Annual administration report of the Civil Veterinary Department of India - 1909-1910
Year: 1909
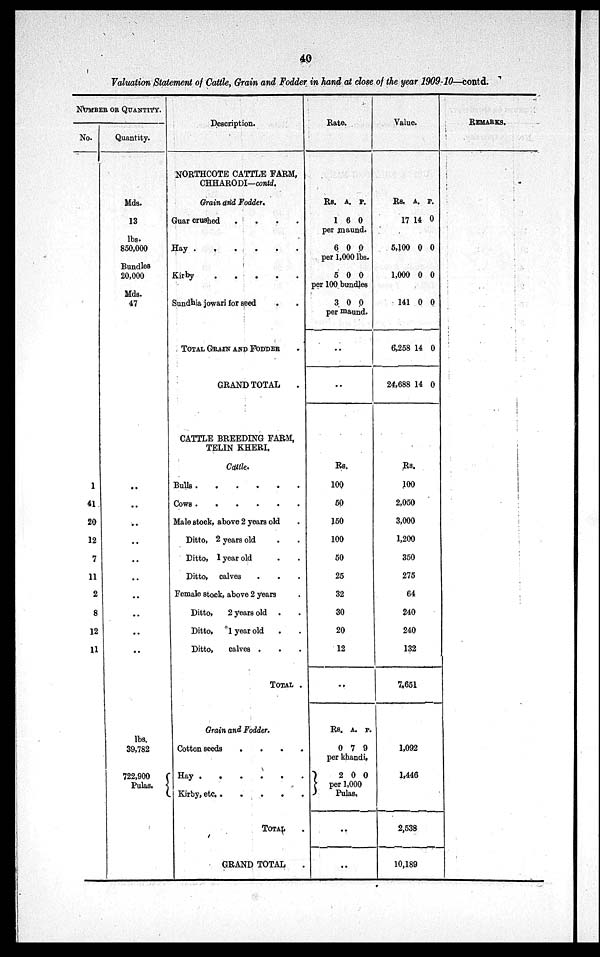
40
Valuation Statement of Cattle, Grain and Fodder in hand at close of the year 1909-10—contd.
NUMBER OR QUANTITY.
No.
1
41
20
12
7
11
2
8
12
11
Quantity.
Mds.
13
lbs.
850,000
Bundles
20,000
Mds.
47
..
..
..
..
..
..
..
..
..
..
lbs.
39,782
722,900
Pulas.
Description.
NORTHCOTE CATTLE FARM,
CHHARODI—contd.
Grain and Fodder,
Guar crushed
.
.
.
.
Hay . . . . . .
Kirby
.
.
.
.
.
Sundhia jowari for seed . .
TOTAL GRAIN AND FODDER .
GRAND TOTAL .
CATTLE BREEDING FARM,
TELIN KHERI.
Cattle.
Bulls . . . . . .
Cows . . . . . .
Male stock, above 2 years old.
Ditto, 2 years old . .
Ditto, 1 year old . .
Ditto, calves . . .
Female stock, above 2 years . .
Ditto,
2 years old . .
Ditto,
1 year old . .
Ditto,
calves . . .
TOTAL .
Grain and Fodder.
Cotton seeds
.
.
.
.
Hay . . . . . .
Kirby, etc.
.
.
.
.
.
TOTAL .
GRAND TOTAL .
Rate.
Rs.
1
A.
6
P.
0
per maund.
6 0 0
per 1,000 lbs.
5 0 0
per 100 bundles
3 0 0
per maund.
..
..
Rs.
100
50
150
100
50
25
32
30
20
12
..
Rs.
0
A.
7
P.
9
per khandi.
2 0 0
per 1,000
Pulas.
..
..
Value.
Rs.
17
A.
14
P.
0
5,100 0 0
1,000 0 0
141 0 0
6,258
24,688
14
14
0
0
Rs.
100
2,050
3,000
1,200
350
275
64
240
240
132
7,651
1,092
1,446
2,538
10,189
REMARKS.